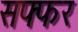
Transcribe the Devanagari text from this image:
सफ्फर